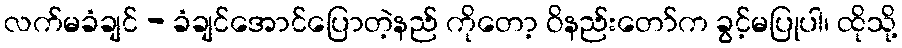
လက်မခံချင် - ခံချင်အောင်ပြောတဲ့နည် ကိုတော့ ဝိနည်းတော်က ခွင့်မပြုပါ၊ ထိုသို့